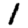
Digit: 1